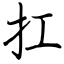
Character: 扛